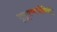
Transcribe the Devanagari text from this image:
भूसूक्ष्मजैविकी